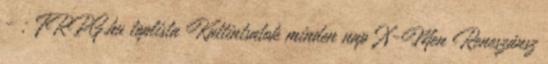
- ; FRPG.hu toplista Kattintsatok minden nap X-Men Reneszánsz